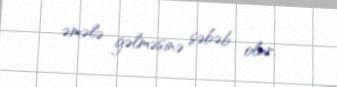
əmələ gəlməsinə səbəb olur.